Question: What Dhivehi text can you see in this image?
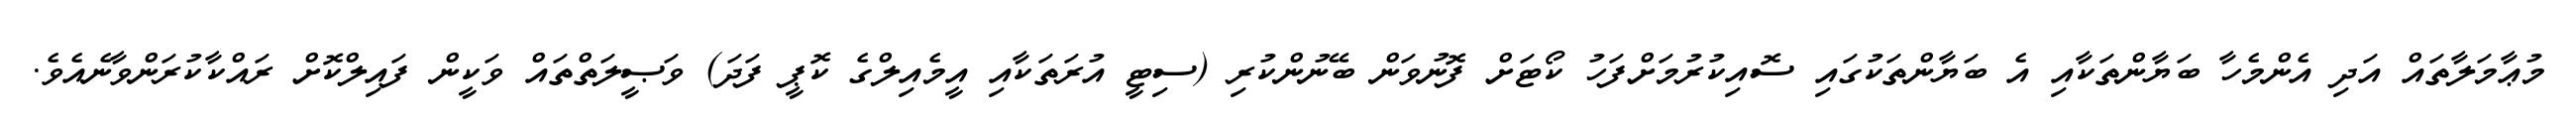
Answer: މުޢާމަލާތައް އަދި އެންމެހާ ބަޔާންތަކާއި އެ ބަޔާންތަކުގައި ސޮއިކުރުމަށްފަހު ކޯޓަށް ފޮނުވަން ބޭނުންކުރި (ސިޓީ އުރަތަކާއި އީމެއިލްގެ ކޮޕީ ފަދަ) ވަޞީލަތްތައް ވަކީން ފައިލްކޮށް ރައްކާކުރަންވާނެއެވެ.